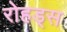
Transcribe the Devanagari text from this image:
रोहड्स